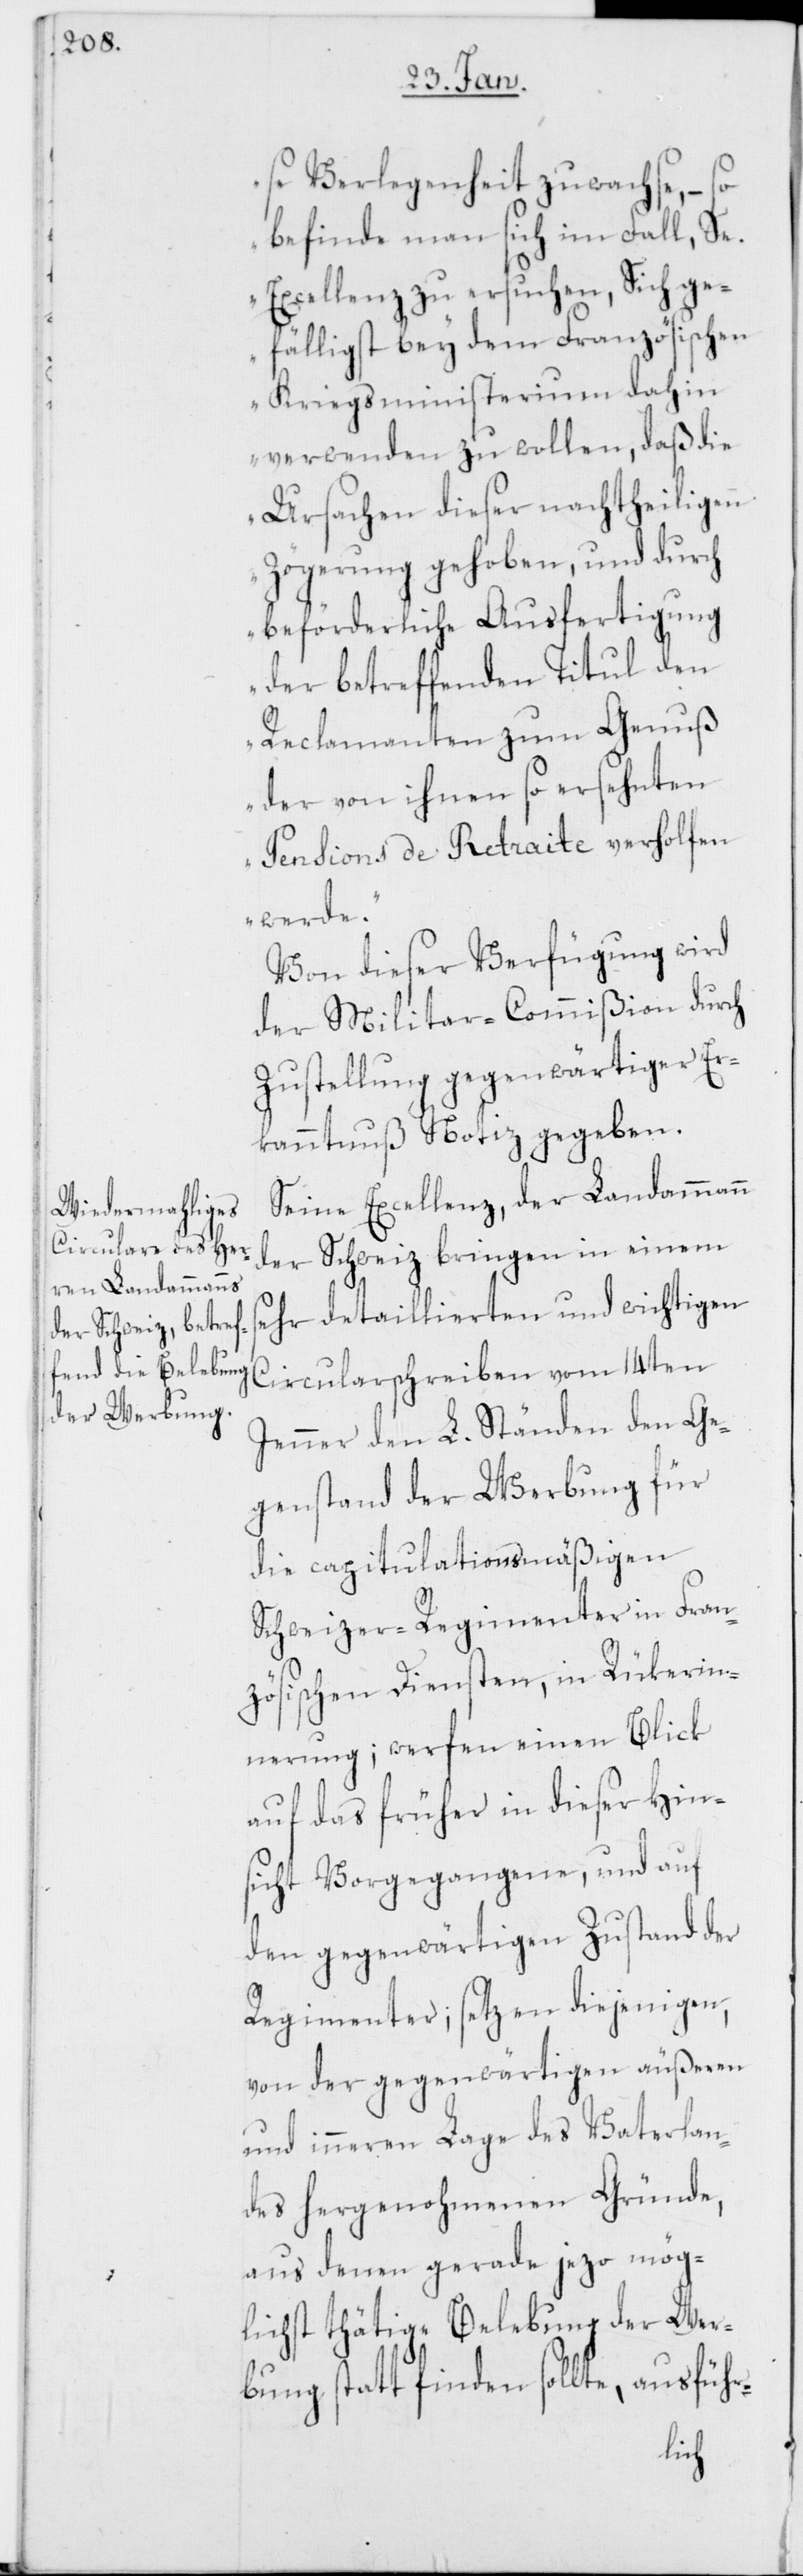
se Verlegenheit zuwachse, – so
befinde man sich im Fall, Se.
Excellenz zu ersuchen, Sich ge¬
fälligst bey dem Französischen
Kriegsministerium dahin
verwenden zu wollen, daß die
Ursachen dieser nachtheiligen
Zögerung gehoben, und durch
beförderliche Ausfertigung
der betreffenden Titul den
Reclamanten zum Genuß
der von ihnen so ersehnten
Pensions de Retraite verholfen
werde.“
Von dieser Verfügung wird
der Militar-Commißion durch
Zustellung gegenwärtiger Er¬
kanntnuß Notiz gegeben.
Seine Excellenz, der Landammann
der Schweiz bringen in einem
sehr detaillierten und wichtigen
Circularschreiben vom 14ten
Jenner den L. Ständen den Ge¬
genstand der Werbung für
die capitulationsmäßigen
Schweizer-Regimenter in Fran¬
zösischen Diensten, in Rükerin¬
nerung; werfen einen Blick
auf das früher in dieser Hin¬
sicht Vorgegangene, und auf
den gegenwärtigen Zustand der
Regimenter; setzen diejenigen,
von der gegenwärtigen äußeren
und inneren Lage des Vaterlan¬
des hergenohmenen Gründe,
aus denen gerade jetzo mög¬
lichst thätige Belebung der Wer¬
bung statt finden sollte, ausführ-